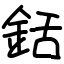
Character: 銛